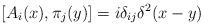
LaTeX: \begin{align*}\left[ A_i(x),\pi _j(y)\right] =i\delta _{ij}\delta ^2(x-y) \end{align*}